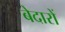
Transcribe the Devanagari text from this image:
बेदारों